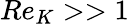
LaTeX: Re_{K}>>1